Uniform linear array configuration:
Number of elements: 24
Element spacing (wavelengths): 1
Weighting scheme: kaiser
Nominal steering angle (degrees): -15
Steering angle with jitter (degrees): -13.166
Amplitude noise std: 0.05
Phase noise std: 0.05

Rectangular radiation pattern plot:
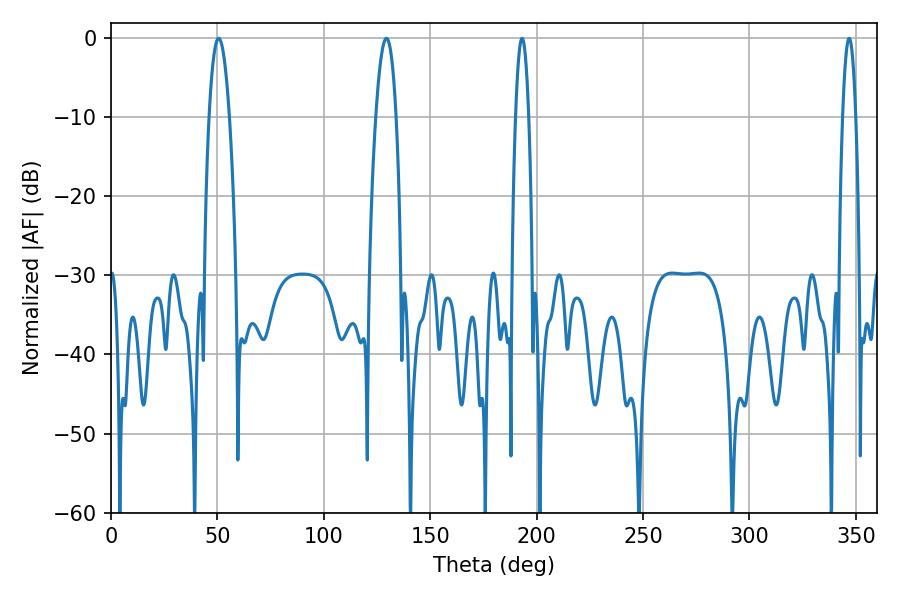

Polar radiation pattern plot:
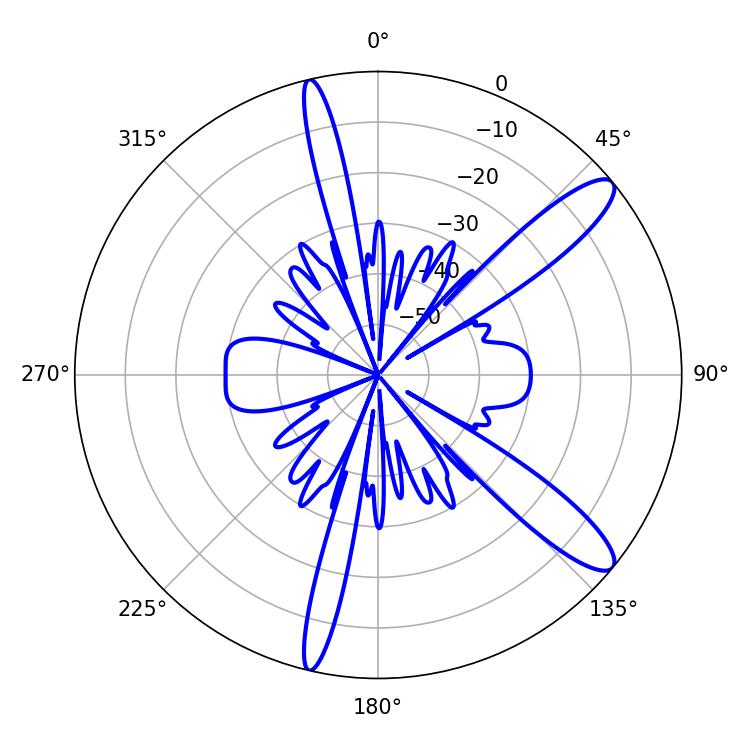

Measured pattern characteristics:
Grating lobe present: TRUE
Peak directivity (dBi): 12.069
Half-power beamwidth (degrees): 5.22
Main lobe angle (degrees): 50.58